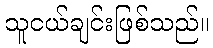
သူငယ်ချင်းဖြစ်သည်။